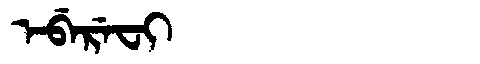
Manchu: ᡝᠪᡝᡵᡝᠸᡳ
Romanization: EBEREFI